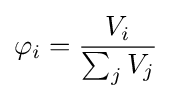
\varphi _{i}={\frac {V_{i}}{\sum _{j}V_{j}}}